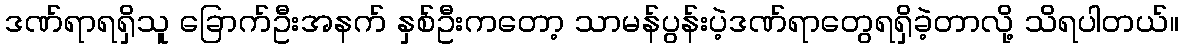
ဒဏ်ရာရရှိသူ ခြောက်ဦးအနက် နှစ်ဦးကတော့ သာမန်ပွန်းပဲ့ဒဏ်ရာတွေရရှိခဲ့တာလို့ သိရပါတယ်။